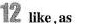
12 like,as